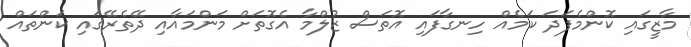
މާޒީގައި ކޮންމެފަދަ ކަމެއް ހިނގާފައި އޮތަސް ޒުލްމާ އެގޮތަށް މަންމައާއި ދޭތެރޭގައި ކަންތައް